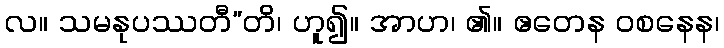
လ။ သမနုပဿတီ”တိ၊ ဟူ၍။ အာဟ၊ ၏။ ဧတေန ဝစနေန၊